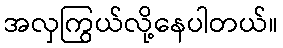
အလှကြွယ်လို့နေပါတယ်။